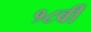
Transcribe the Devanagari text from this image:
१८वीँ